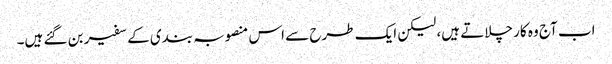
اب آج وہ کار چلاتے ہیں، لیکن ایک طرح سے اس منصوبہ بندی کے سفیر بن گئے ہیں۔